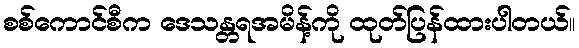
စစ်ကောင်စီက ဒေသန္တရအမိန့်ကို ထုတ်ပြန်ထားပါတယ်။